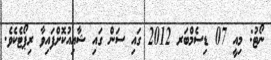
ނޯޓު: މިއީ 07 ޑިސެމްބަރ 2012 ގައި ސަން ގައި ޝާއިއުކޮށްފައިވާ ރިޕޯޓެކެވެ.